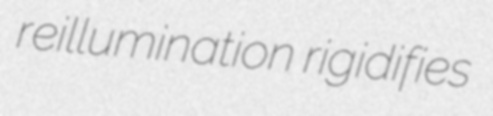
reillumination rigidifies